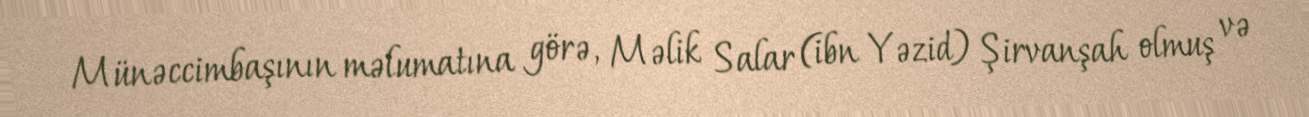
Münəccimbaşının məlumatına görə, Məlik Salar (ibn Yəzid) Şirvanşah olmuş və